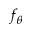
f _ { \theta }